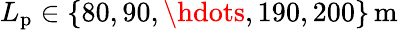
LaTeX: L_{\mathrm{p}}\in\{ 80,90,\hdots,190,200\} \, \mathrm{m}